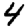
Digit: 4